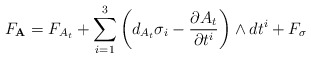
\begin{gather*}F_\mathbf{A} = F_{A_t} +\sum\limits_{i=1}^3 \left(d_{A_t}\sigma_i-\frac{\partial A_t}{\partial t^i} \right) \wedge dt^i+F_\sigma\end{gather*}